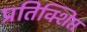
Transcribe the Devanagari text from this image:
प्रतिक्शिप्त